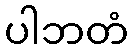
ပါဘတံ